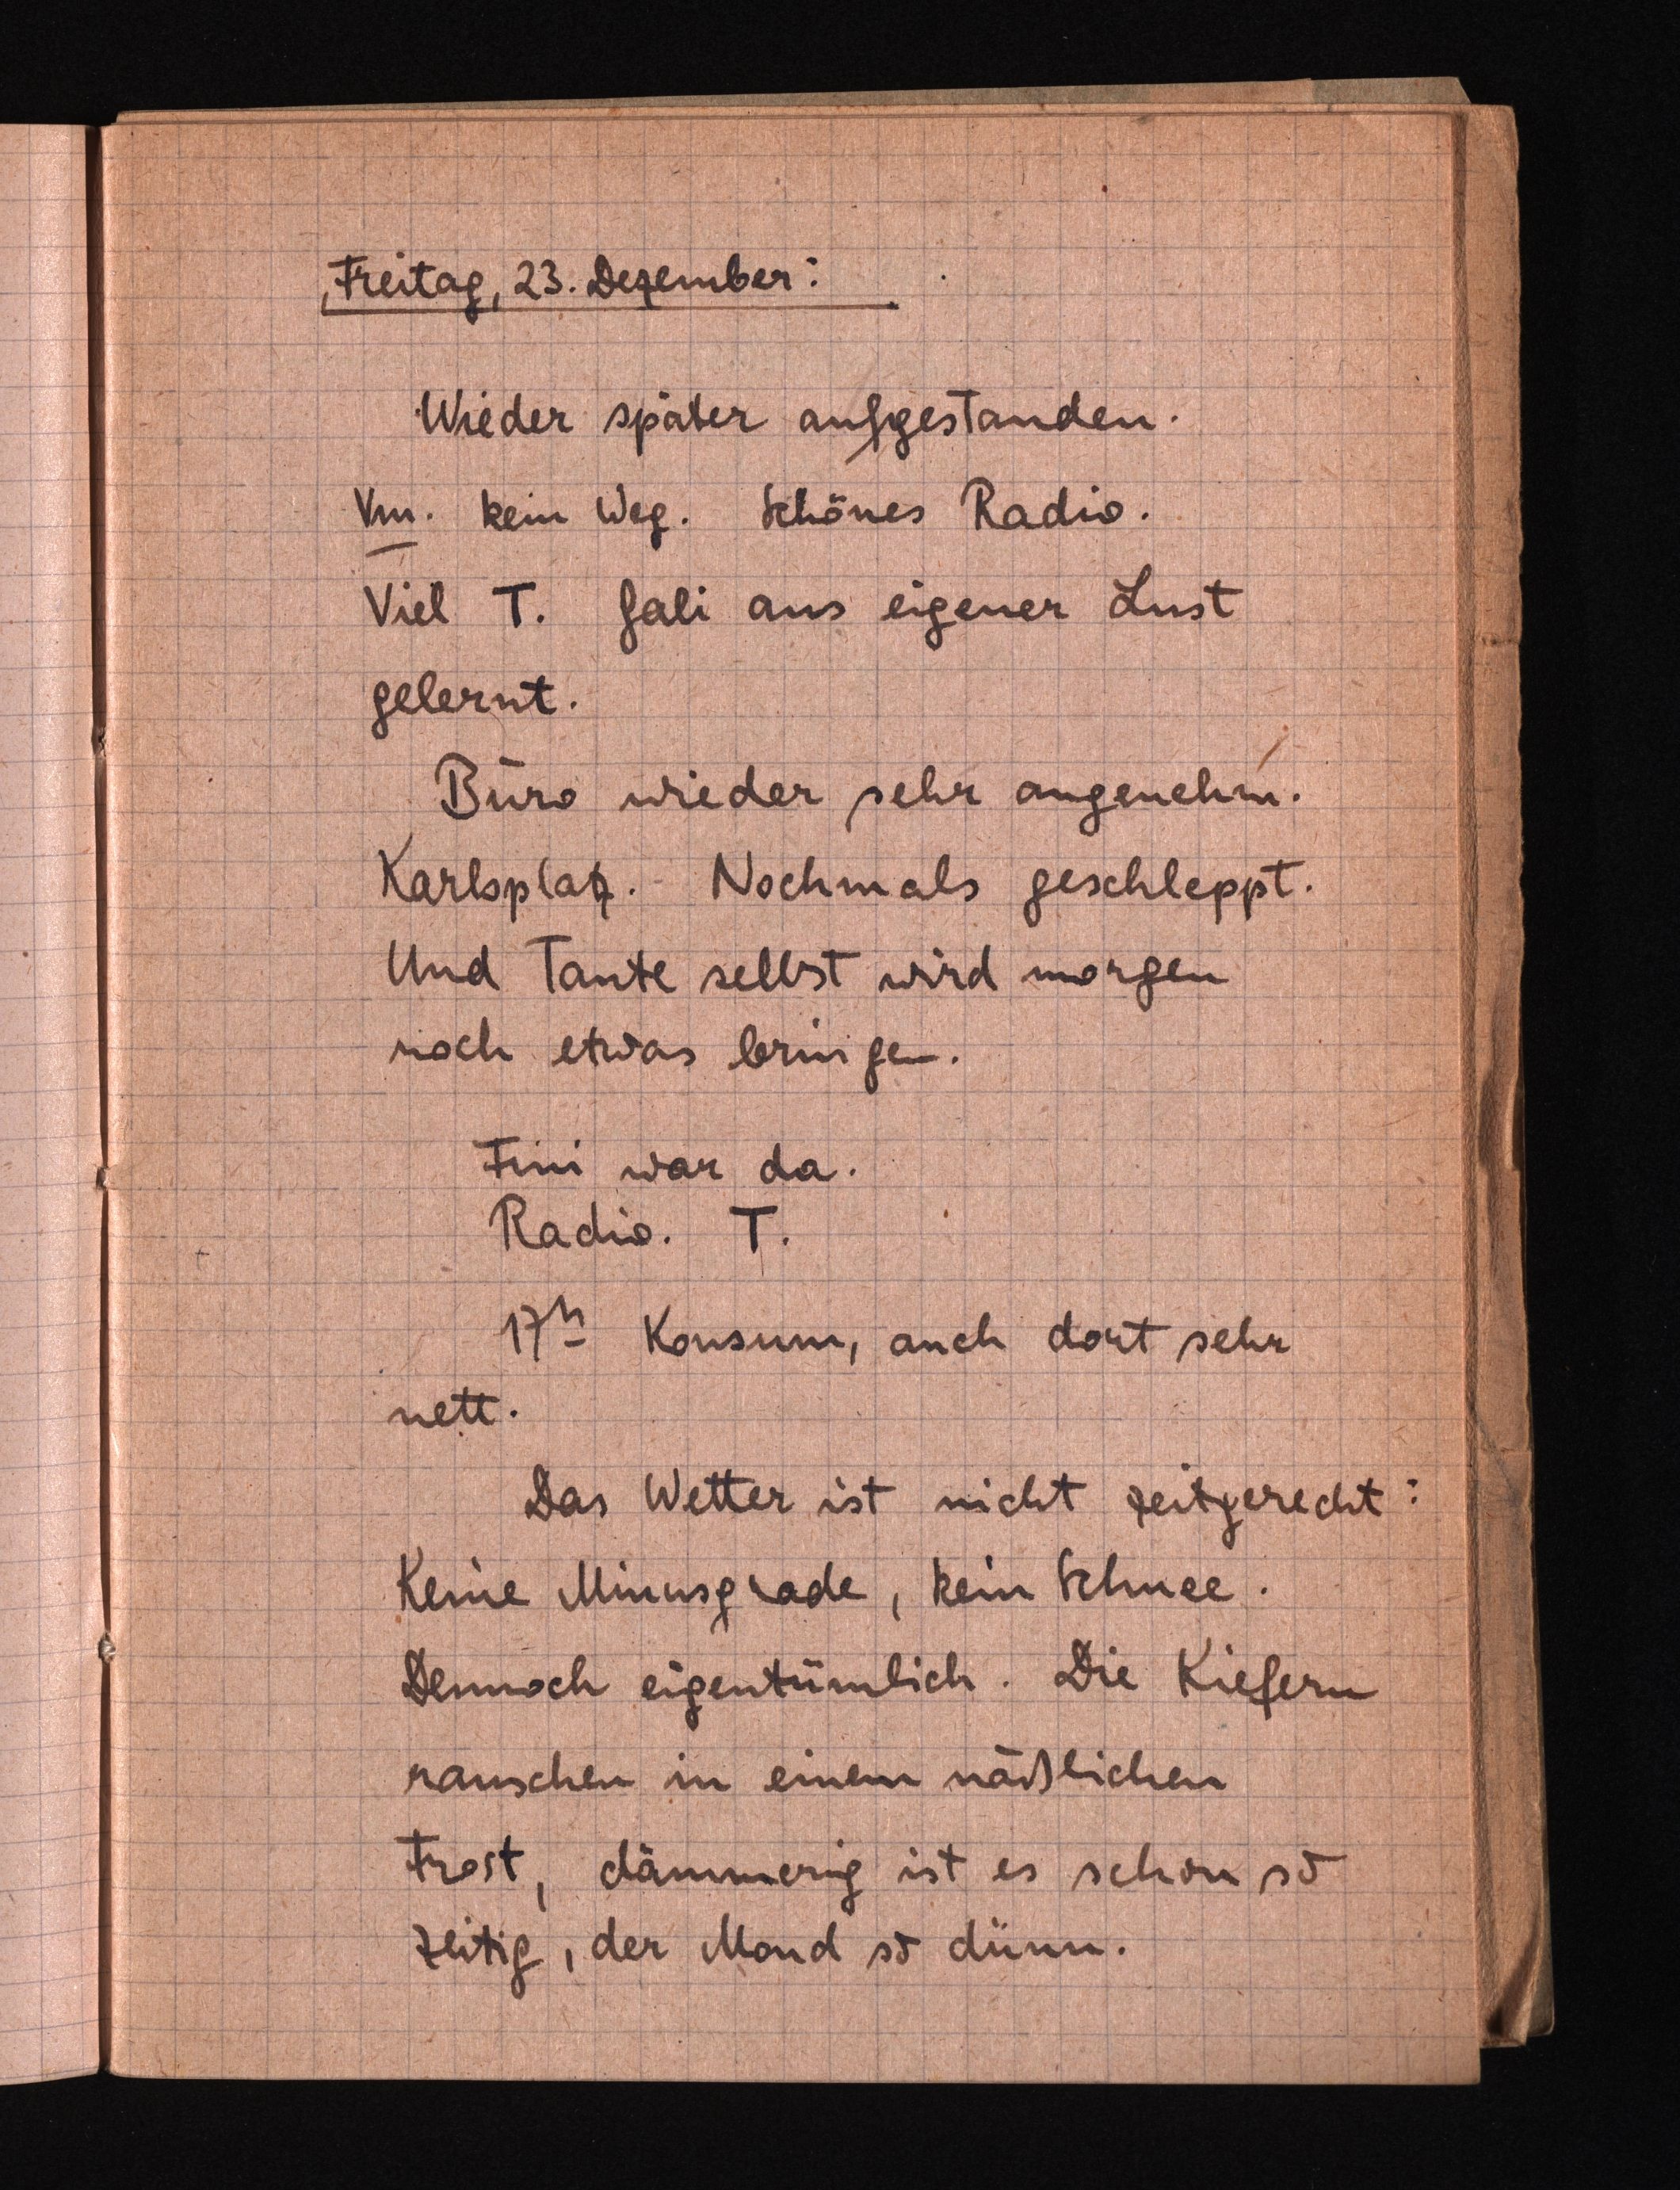
Freitag, 23.Dezember:
Wieder später aufgestanden.
Vm. kein Weg. SchönesRadio.
Viel T. Gali aus eigener Lust
gelernt.
Büro wieder sehr angenehm.
Karlsplatz. Nochmals geschleppt.
Und Tanteselbst wird morgen
noch etwas bringen.
Fini war da.
Radio.T.
17h Konsum, auch dort sehr
nett.
Das Wetter ist nicht zeitgerecht:
Keine Minusgrade, kein Schnee.
Dennoch eigentümlich. Die Kiefern
rauschen in einem näßlichen
Frost, dämmrig ist es schon so
zeitig, der Mond so dünn.